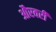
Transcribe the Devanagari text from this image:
औरवरी